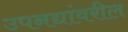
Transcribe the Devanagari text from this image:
उपनद्यांवरील